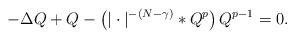
LaTeX: \begin{align*}-\Delta Q + Q - \left( |\cdot|^{-(N-\gamma)} * Q^p \right) Q^{p-1}=0.\end{align*}